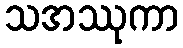
သအဿုကာ